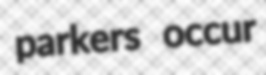
parkers occur